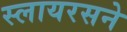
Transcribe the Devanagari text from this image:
स्लायरसने